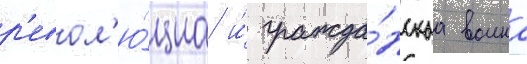
р'евол'ю́циа и́ гражда́нскаа воина